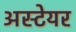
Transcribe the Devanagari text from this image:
अस्टेयर